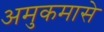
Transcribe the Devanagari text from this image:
अमुकमासे